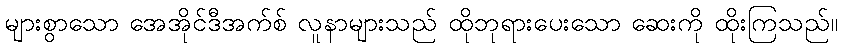
များစွာသော အေအိုင်ဒီအက်စ် လူနာများသည် ထိုဘုရားပေးသော ဆေးကို ထိုးကြသည်။